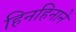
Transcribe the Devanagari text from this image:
हिनहिनाने